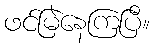
ဖင်မြဲနေကြပြီ။